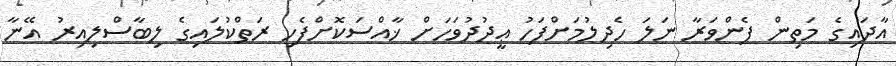
އާދައިގެ މަތިން ފެންވަރާ ނަލަ ހެދިލުމަށްފަހު ޢީދުދުވަހަށް ޚާއްސަކޮށްފެހި ރަތްކުލައިގެ ލިބާސްލިއިރު އޭނާ